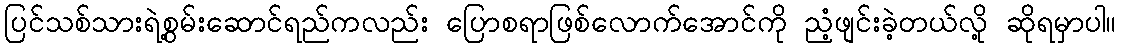
ပြင်သစ်သားရဲ့စွမ်းဆောင်ရည်ကလည်း ပြောစရာဖြစ်လောက်အောင်ကို ညံ့ဖျင်းခဲ့တယ်လို့ ဆိုရမှာပါ။